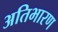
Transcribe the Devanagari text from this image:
अतिभारण